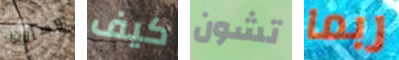
وسألت كيف تشون ربما